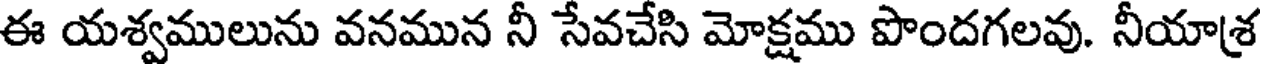
ఈ యశ్వములును వనమున నీ సేవచేసి మోక్షము పొందగలవు. నీయాశ్ర